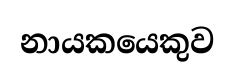
නායකයෙකුව